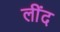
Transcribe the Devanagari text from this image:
लींद